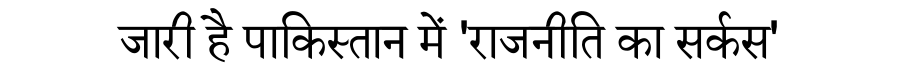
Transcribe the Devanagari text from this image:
जारी है पाकिस्तान में 'राजनीति का सर्कस'